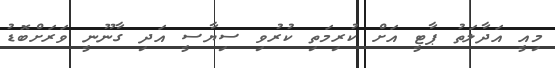
މިއީ އަދާލަތު ޕާޓީ އަށް ކުރިމަތި ކުރުވި ސިޔާސީ އަދި ގާނޫނީ ވަރަށްބޮޑު